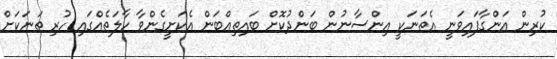
ކުރިން އަންގާފައިވަނީ އެތަނަކީ އިންސާނުން ބަންދުކޮށް ބައިތިއްބަން އެކަށީގެންވާ ހާލަތެއްގައި ހުރި ތަނަކަށް